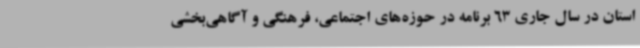
استان در سال جاری 63 برنامه در حوزه‌های اجتماعی، فرهنگی و آگاهی‌بخشی